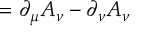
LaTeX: = \partial _ { \mu } A _ { \nu } - \partial _ { \nu } A _ { \nu }